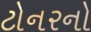
ટોનરનો